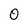
Character: 0